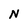
Character: N